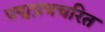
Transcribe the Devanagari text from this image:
पद्मप्रभचरित